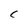
Character: C